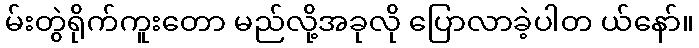
မ်းတွဲရိုက်ကူးတော မည်လို့အခုလို ပြောလာခဲ့ပါတ ယ်နော်။